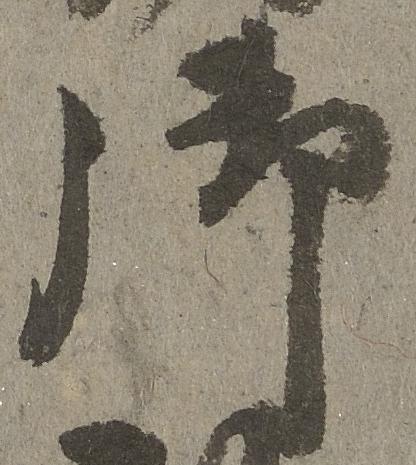
御